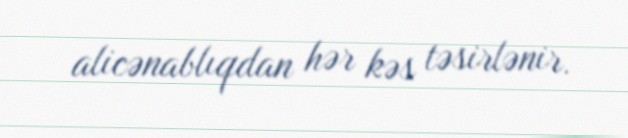
alicənablıqdan hər kəs təsirlənir.